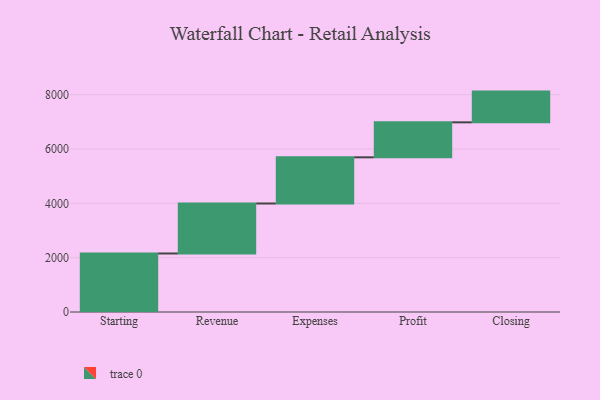
{"axis": {"x": "Step", "y": "Value"}, "legend": [""], "data": [{"x": "Starting", "y": 2154.0, "type": ""}, {"x": "Revenue", "y": 1840.0, "type": ""}, {"x": "Expenses", "y": 1700.0, "type": ""}, {"x": "Profit", "y": 1288.0, "type": ""}, {"x": "Closing", "y": 1131.0, "type": ""}]}